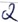
Text: Q